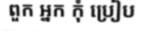
ពួក អ្នក កុំ ប្រៀប